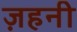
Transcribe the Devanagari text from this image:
ज़हनी